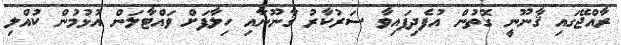
ރާއްޖޭގައި ޤާނޫނީ ގޮތުން އުފެދިފައިވާ ސަރުކާރު ޤާނޫނާއި ހިލާފަށް ވައްޓާލަން އުޅުމުން ކުއްލި